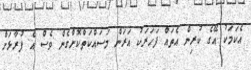
އެކަމަކު އޭގެ ކުރިން އެތައް ފަހަރަކު އަރަން މަސައްކަތްކޮށްގެން ވެސް އެ ފުރާޅަށް